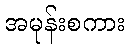
အမုန်းစကား